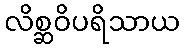
လိစ္ဆဝိပရိသာယ